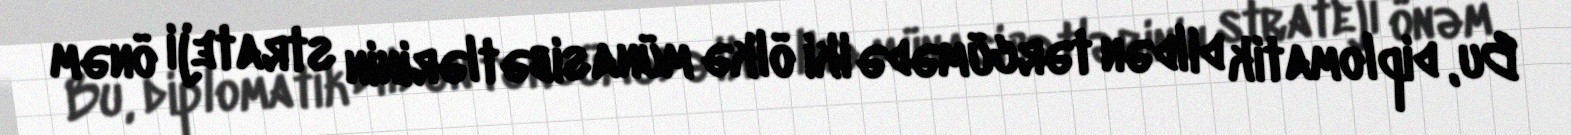
Bu, diplomatik dildən tərcümədə iki ölkə münasibətlərinin strateji önəm